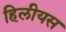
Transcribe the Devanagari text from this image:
हिलीयस